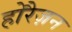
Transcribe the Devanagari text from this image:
होरैज़न